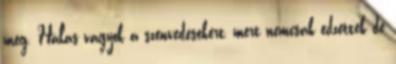
meg. Hálás vagyok a szenvedésekért, mert nemcsak edzettek de